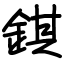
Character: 錤